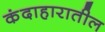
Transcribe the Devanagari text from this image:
कंदाहारातील